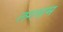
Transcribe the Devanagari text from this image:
लगसम